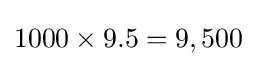
1000\times 9.5=9,500